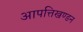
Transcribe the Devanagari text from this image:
आपत्तिखण्डन